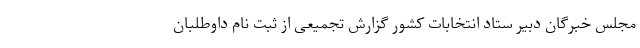
مجلس خبرگان دبیر ستاد انتخابات کشور گزارش تجمیعی از ثبت نام داوطلبان